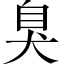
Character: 臭